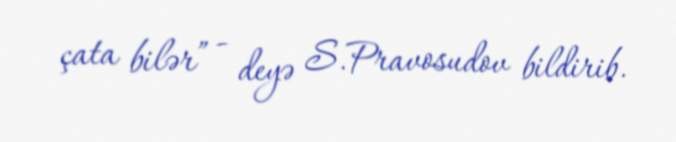
çata bilər” - deyə S.Pravosudov bildirib.